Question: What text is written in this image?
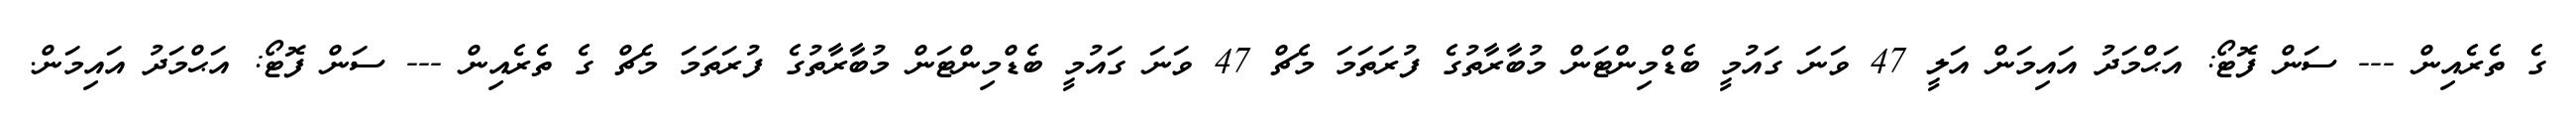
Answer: ގެ ތެރެއިން --- ސަން ފޮޓޯ: އަޙްމަދު އައިމަން އަލީ 47 ވަނަ ގައުމީ ބެޑްމިންޓަން މުބާރާތުގެ ފުރަތަމަ މެޗް 47 ވަނަ ގައުމީ ބެޑްމިންޓަން މުބާރާތުގެ ފުރަތަމަ މެޗް ގެ ތެރެއިން --- ސަން ފޮޓޯ: އަޙްމަދު އައިމަން.